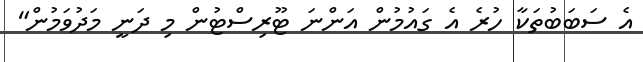
އެ ސަބަބުތަކާ ހުރެ އެ ގައުމުން އަންނަ ޓޫރިސްޓުން މި ދަނީ މަދުވަމުން"